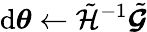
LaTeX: \mathrm{d}{\boldsymbol{\theta}}\gets\tilde{{\mathcal{{H}}}}^{-1}\tilde{{\boldsymbol{\mathcal{{G}}}}}